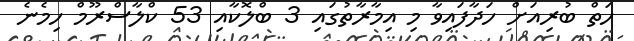
ހަތް ބުރިއަށް ހަދާފައިވާ މި އިމާރާތުގައި 3 ބްލޮކާއި 53 ކްލާސްރޫމް ހިމެނެ